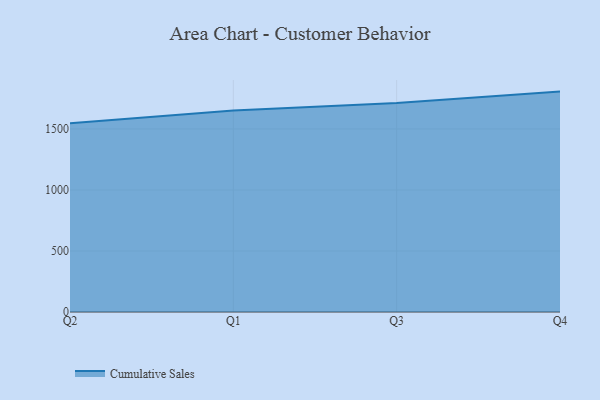
{"axis": {"x": "Quarter", "y": "Humidity (%)"}, "legend": ["Cumulative Sales"], "data": [{"x": "Q2", "y": 1547.4, "type": "Cumulative Sales"}, {"x": "Q1", "y": 1652.3, "type": "Cumulative Sales"}, {"x": "Q3", "y": 1713.3, "type": "Cumulative Sales"}, {"x": "Q4", "y": 1806.5, "type": "Cumulative Sales"}]}